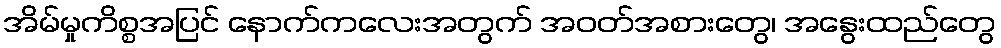
အိမ်မှုကိစ္စအပြင် နောက်ကလေးအတွက် အဝတ်အစားတွေ၊ အနွေးထည်တွေ